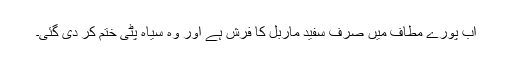
اب پورے مطاف میں صرف سفید ماربل کا فرش ہے اور وہ سیاہ پٹی ختم کر دی گئی۔